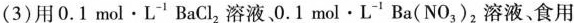
(3)用0.1mol\cdot L^{-1}BaCl_{2}溶液、0.1mol\cdot L^{-1}Ba(NO_{3})_{2}溶液，食用